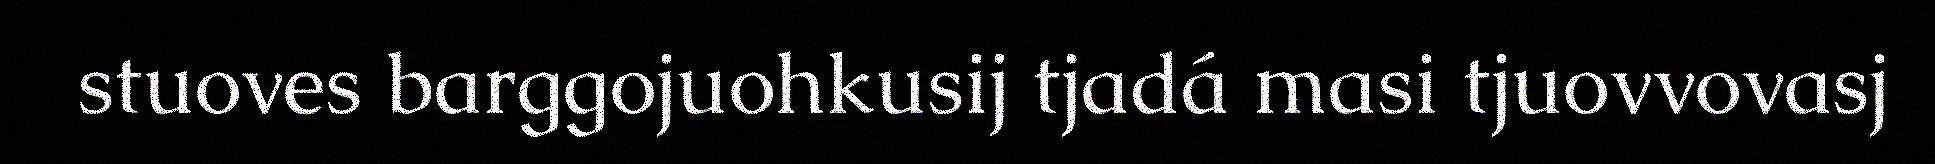
stuoves barggojuohkusij tjadá masi tjuovvovasj